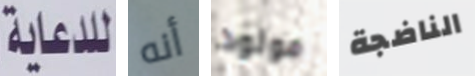
للدعاية أنه مولود الناضجة